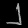
Digit: ၂